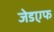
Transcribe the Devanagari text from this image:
जेडएफ